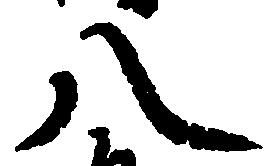
八